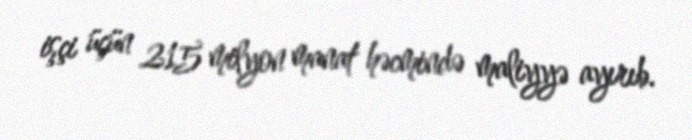
işçi üçün 215 milyon manat həcmində maliyyə ayırıb.